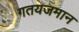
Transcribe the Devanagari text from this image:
गतयजमान